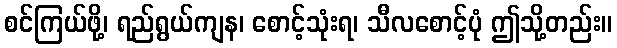
စင်ကြယ်ဖို့၊ ရည်ရွယ်ကျန၊ စောင့်သုံးရ၊ သီလစောင့်ပုံ ဤသို့တည်း။